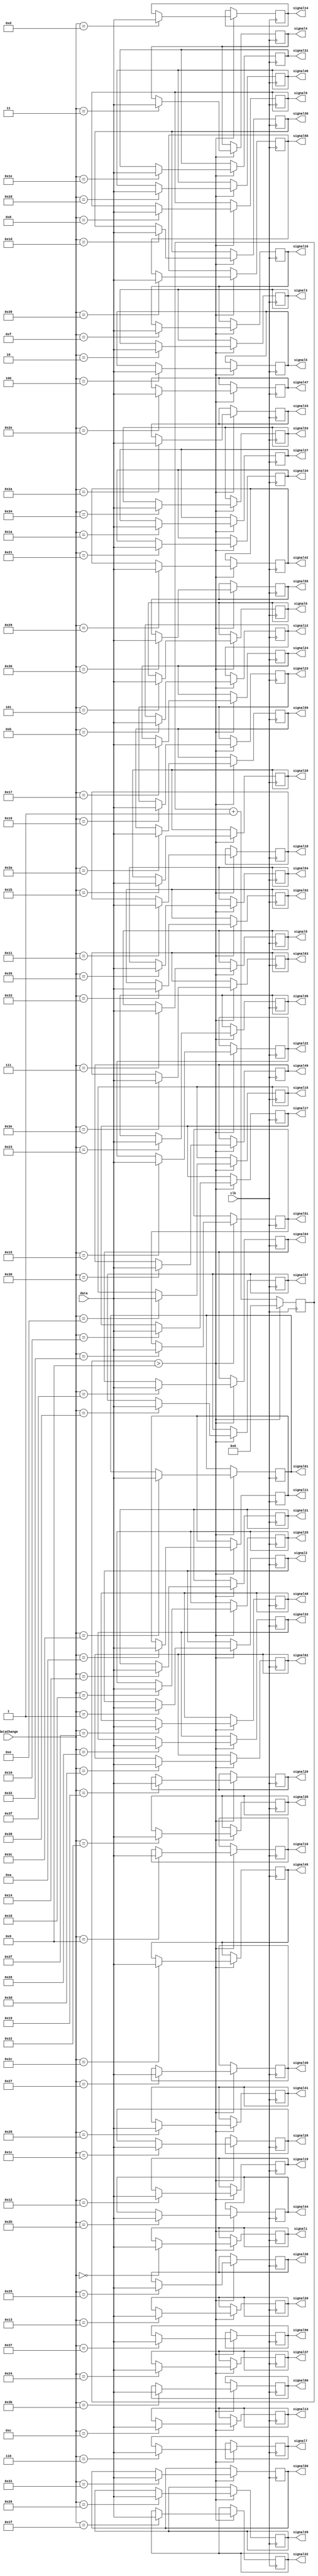
module data_organize_5 (
    input clk,
    input [10:0] data,
    input [5:0]dataChange,
    output [10:0]signal1,
    output [10:0]signal2,
    output [10:0]signal3,
    output [10:0]signal4,
    output [10:0]signal5,
    output [10:0]signal6,
    output [10:0]signal7,
    output [10:0]signal8,
    output [10:0]signal9,
    output [10:0]signal10,
    output [10:0]signal11,
    output [10:0]signal12,
    output [10:0]signal13,
    output [10:0]signal14,
    output [10:0]signal15,
    output [10:0]signal16,
    output [10:0]signal17,
    output [10:0]signal18,
    output [10:0]signal19,
    output [10:0]signal20,
    output [10:0]signal21,
    output [10:0]signal22,
    output [10:0]signal23,
    output [10:0]signal24,
    output [10:0]signal25,
    output [10:0]signal26,
    output [10:0]signal27,
    output [10:0]signal28,
    output [10:0]signal29,
    output [10:0]signal30,
    output [10:0]signal31,
    output [10:0]signal32,
    output [10:0]signal33,
    output [10:0]signal34,
    output [10:0]signal35,
    output [10:0]signal36,
    output [10:0]signal37,
    output [10:0]signal38,
    output [10:0]signal39,
    output [10:0]signal40,
    output [10:0]signal41,
    output [10:0]signal42,
    output [10:0]signal43,
    output [10:0]signal44,
    output [10:0]signal45,
    output [10:0]signal46,
    output [10:0]signal47,
    output [10:0]signal48,
    output [10:0]signal49,
    output [10:0]signal50,
    output [10:0]signal51,
    output [10:0]signal52,
    output [10:0]signal53,
    output [10:0]signal54,
    output [10:0]signal55,
    output [10:0]signal56,
    output [10:0]signal57,
    output [10:0]signal58,
    output [10:0]signal59,
    output [10:0]signal60,
    output [10:0]signal61,
    output [10:0]signal62,
    output [10:0]signal63,
    output [10:0]signal64 
  );
  reg [10:0]data1;
  reg [10:0]data2;
  reg [10:0]data3;
  reg [10:0]data4;
  reg [10:0]data5;
  reg [10:0]data6;
  reg [10:0]data7;
  reg [10:0]data8;
  reg [10:0]data9;
  reg [10:0]data10;
  reg [10:0]data11;
  reg [10:0]data12;
  reg [10:0]data13;
  reg [10:0]data14;
  reg [10:0]data15;
  reg [10:0]data16;
  reg [10:0]data17;
  reg [10:0]data18;
  reg [10:0]data19;
  reg [10:0]data20;
  reg [10:0]data21;
  reg [10:0]data22;
  reg [10:0]data23;
  reg [10:0]data24;
  reg [10:0]data25;
  reg [10:0]data26;
  reg [10:0]data27;
  reg [10:0]data28;
  reg [10:0]data29;
  reg [10:0]data30;
  reg [10:0]data31;
  reg [10:0]data32;
  reg [10:0]data33;
  reg [10:0]data34;
  reg [10:0]data35;
  reg [10:0]data36;
  reg [10:0]data37;
  reg [10:0]data38;
  reg [10:0]data39;
  reg [10:0]data40;
  reg [10:0]data41;
  reg [10:0]data42;
  reg [10:0]data43;
  reg [10:0]data44;
  reg [10:0]data45;
  reg [10:0]data46;
  reg [10:0]data47;
  reg [10:0]data48;
  reg [10:0]data49;
  reg [10:0]data50;
  reg [10:0]data51;
  reg [10:0]data52;
  reg [10:0]data53;
  reg [10:0]data54;
  reg [10:0]data55;
  reg [10:0]data56;
  reg [10:0]data57;
  reg [10:0]data58;
  reg [10:0]data59;
  reg [10:0]data60;
  reg [10:0]data61;
  reg [10:0]data62;
  reg [10:0]data63;
  reg [10:0]data64;
  
  //reg [5:0] dataPrev = 63;
  reg [3:0] counter = 0;
  
  /* Sequential Logic */
  always @(posedge clk) begin
  
  counter <= counter+1;
    
  if(counter > 9) begin 
      counter <= 0;
  
  //if(dataPrev != dataChange) begin
      
      //dataPrev <= dataChange;
      
      if(dataChange == 0) begin
        data1 <= data;
      end
      if(dataChange == 1) begin
        data2 <= data;
      end
      if(dataChange == 2) begin
        data3 <= data;
      end
      if(dataChange == 3) begin
        data4= data;
      end
      if(dataChange == 4) begin
        data5= data;
      end
      if(dataChange == 5) begin
        data6= data;
      end
      if(dataChange == 6) begin
        data7= data;
      end
      if(dataChange == 7) begin
        data8= data;
      end
      if(dataChange == 8) begin
        data9= data;
      end
      if(dataChange == 9) begin
        data10= data;
      end
      if(dataChange == 10) begin
        data11= data;
      end
      if(dataChange == 11) begin
        data12= data;
      end
      if(dataChange == 12) begin
        data13= data;
      end
      if(dataChange == 13) begin
        data14= data;
      end
      if(dataChange == 14) begin
        data15= data;
      end
      if(dataChange == 15) begin
        data16= data;
      end
      if(dataChange == 16) begin
        data17= data;
      end
      if(dataChange == 17) begin
        data18= data;
      end
      if(dataChange == 18) begin
        data19= data;
      end
      if(dataChange == 19) begin
        data20= data;
      end
      if(dataChange == 20) begin
        data21= data;
      end
      if(dataChange == 21) begin
        data22= data;
      end
      if(dataChange == 22) begin
        data23= data;
      end
      if(dataChange == 23) begin
        data24= data;
      end
      if(dataChange == 24) begin
        data25= data;
      end
      if(dataChange == 25) begin
        data26= data;
      end
      if(dataChange == 26) begin
        data27= data;
      end
      if(dataChange == 27) begin
        data28= data;
      end
      if(dataChange == 28) begin
        data29= data;
      end
      if(dataChange == 29) begin
        data30= data;
      end
      if(dataChange == 30) begin
        data31= data;
      end
      if(dataChange == 31) begin
        data32= data;
      end
      if(dataChange == 32) begin
        data33= data;
      end
      if(dataChange == 33) begin
        data34= data;
      end
      if(dataChange == 34) begin
        data35= data;
      end
      if(dataChange == 35) begin
        data36= data;
      end
      if(dataChange == 36) begin
        data37= data;
      end
      if(dataChange == 37) begin
        data38= data;
      end
      if(dataChange == 38) begin
        data39= data;
      end
      if(dataChange == 39) begin
        data40= data;
      end
      if(dataChange == 40) begin
        data41= data;
      end
      if(dataChange == 41) begin
        data42= data;
      end
      if(dataChange == 42) begin
        data43= data;
      end
      if(dataChange == 43) begin
        data44= data;
      end
      if(dataChange == 44) begin
        data45= data;
      end
      if(dataChange == 45) begin
        data46= data;
      end
      if(dataChange == 46) begin
        data47= data;
      end
      if(dataChange == 47) begin
        data48= data;
      end
      if(dataChange == 48) begin
        data49= data;
      end
      if(dataChange == 49) begin
        data50= data;
      end
      if(dataChange == 50) begin
        data51= data;
      end
      if(dataChange == 51) begin
        data52= data;
      end
      if(dataChange == 52) begin
        data53= data;
      end
      if(dataChange == 53) begin
        data54= data;
      end
      if(dataChange == 54) begin
        data55= data;
      end
      if(dataChange == 55) begin
        data56= data;
      end
      if(dataChange == 56) begin
        data57= data;
      end
      if(dataChange == 57) begin
        data58= data;
      end
      if(dataChange == 58) begin
        data59= data;
      end
      if(dataChange == 59) begin
        data60= data;
      end
      if(dataChange == 60) begin
        data61= data;
      end
      if(dataChange == 61) begin
        data62= data;
      end
      if(dataChange == 62) begin
        data63= data;
      end
      if(dataChange == 63) begin
        data64= data;
      end
    end
  end
  
  assign signal1 = data1;
  assign signal2 = data2;
  assign signal3 = data3;
  assign signal4 = data4;
  assign signal5 = data5;
  assign signal6 = data6;
  assign signal7 = data7;
  assign signal8 = data8;
  assign signal9 = data9;
  assign signal10 = data10;
  assign signal11 = data11;
  assign signal12 = data12;
  assign signal13 = data13;
  assign signal14 = data14;
  assign signal15 = data15;
  assign signal16 = data16;
  assign signal17 = data17;
  assign signal18 = data18;
  assign signal19 = data19;
  assign signal20 = data20;
  assign signal21 = data21;
  assign signal22 = data22;
  assign signal23 = data23;
  assign signal24 = data24;
  assign signal25 = data25;
  assign signal26 = data26;
  assign signal27 = data27;
  assign signal28 = data28;
  assign signal29 = data29;
  assign signal30 = data30;
  assign signal31 = data31;
  assign signal32 = data32;
  assign signal33 = data33;
  assign signal34 = data34;
  assign signal35 = data35;
  assign signal36 = data36;
  assign signal37 = data37;
  assign signal38 = data38;
  assign signal39 = data39;
  assign signal40 = data40;
  assign signal41 = data41;
  assign signal42 = data42;
  assign signal43 = data43;
  assign signal44 = data44;
  assign signal45 = data45;
  assign signal46 = data46;
  assign signal47 = data47;
  assign signal48 = data48;
  assign signal49 = data49;
  assign signal50 = data50;
  assign signal51 = data51;
  assign signal52 = data52;
  assign signal53 = data53;
  assign signal54 = data54;
  assign signal55 = data55;
  assign signal56 = data56;
  assign signal57 = data57;
  assign signal58 = data58;
  assign signal59 = data59;
  assign signal60 = data60;
  assign signal61 = data61;
  assign signal62 = data62;
  assign signal63 = data63;
  assign signal64 = data64;
endmodule